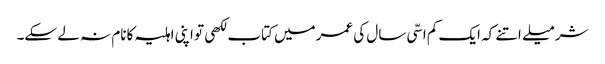
شرمیلے اتنے کہ ایک کم اسّی سال کی عمرمیں کتاب لکھی تو اپنی اہلیہ کانام نہ لے سکے۔